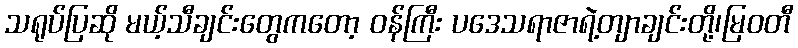
သရုပ်ပြဆို မယ့်သီချင်းတွေကတော့ ဝန်ကြီး ပဒေသရာဇာရဲ့တျာချင်းတို့၊မြဝတီ